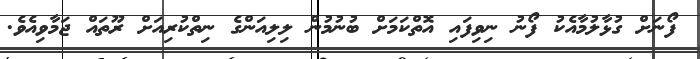
ފޯނަށް ގުޅާލުމާއެކު ފޯނު ނިވިފައި އޮތްކަމަށް ބުނުމުން ލިލިއަންގެ ނިތްކުރިއަށް ރޫތައް ޖަމާވިއެވެ.